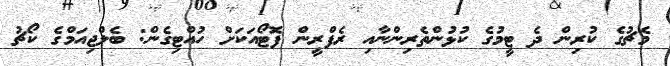
މެޗުގެ ކުރިން ދެ ޓީމުގެ ކުޅުންތެރިންނާއި ރެފްރީން ފޮޓޯއަކަށް ހުއްޓިގެން: ބެލްޖިއަމްގެ ކޯޗު